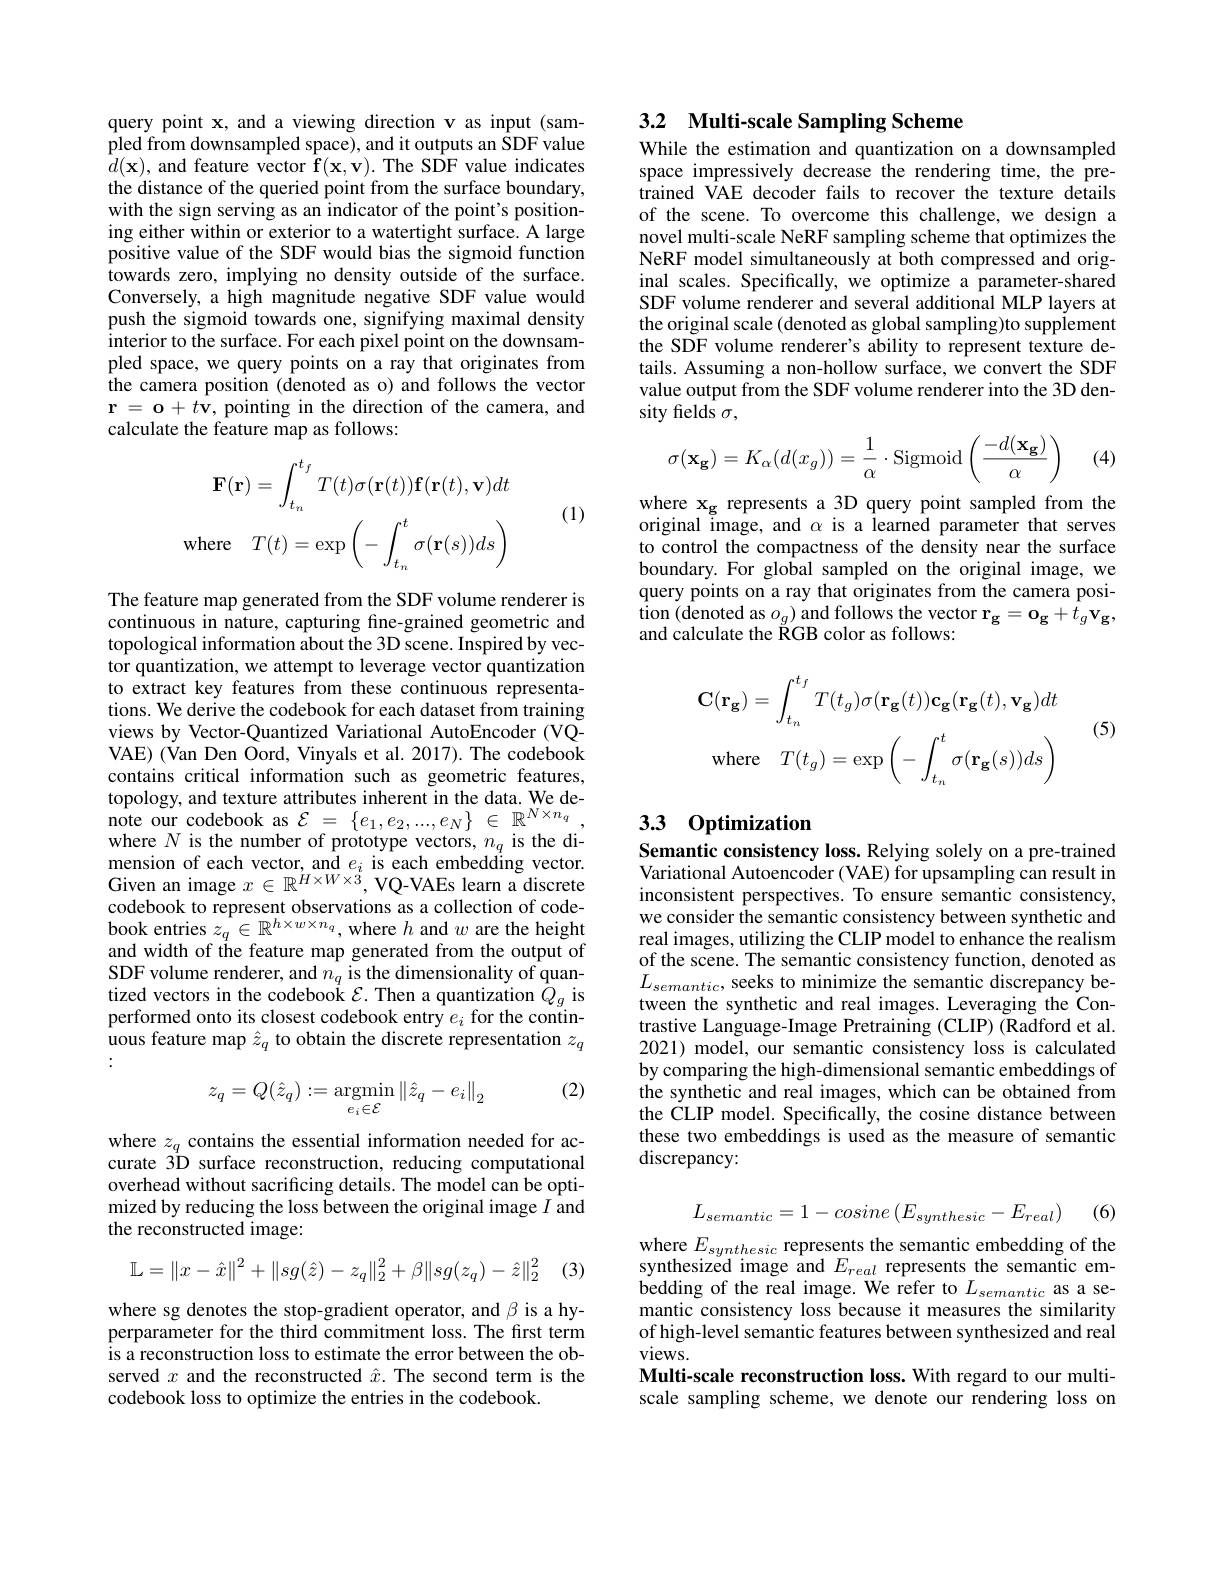
query point x, and a viewing direction v as input (sampled from downsampled space), and it outputs an SDF value $\hat{d}(\mathbf{x})$,and feature vector $\hat{\mathbf{f}}(\mathbf{x},\mathbf{v}).$ The SDF value indicates the distance of the queried point from the surface boundary, with the sign serving as an indicator of the point's positioning either within or exterior to a watertight surface. A large positive value of the SDF would bias the sigmoid function towards zero, implying no density outside of the surface. Conversely, a high magnitude negative SDF value would push the sigmoid towards one, signifying maximal density interior to the surface. For each pixel point on the downsampled space, we query points on a ray that originates from the camera position (denoted as o) and follows the vector $\mathbf{r}=\mathbf{o}+t\mathbf{v}$, pointing in the direction of the camera, and calculate the feature map as follows:
$$\mathbf{F}(\mathbf{r})=\int_{t_{n}}^{t_{f}}T(t)\sigma(\mathbf{r}(t))\mathbf{f}(\mathbf{r}(t),\mathbf{v})dt\\\mathrm{where}\quad T(t)=\exp\left(-\int_{t_{n}}^{t}\sigma(\mathbf{r}(s))ds\right)$$
(1)

The feature map generated from the SDF volume renderer is continuous in nature, capturing fine-grained geometric and topological information about the 3D scene. Inspired by vector quantization, we attempt to leverage vector quantization to extract key features from these continuous representations. We derive the codebook for each dataset from training views by Vector-Quantized Variational AutoEncoder (VQVAE) (Van Den Oord, Vinyals et al. 2017). The codebook contains critical information such as geometric features, topology, and texture attributes inherent in the data. We denote our codebook as $\mathcal{E}=\{e_1,e_2,...,e_N\}~\in\mathbb{R}^{N\times n_q}$ where $N$ is the number of prototype vectors, $n_q$ is the dimension of each vector, and $e_i$ is each embedding vector. Given an image $x\in\mathbb{R}^{\acute{H}\times W\times\ddot{3}}$, VQ-VAEs learn a discrete codebook to represent observations as a collection of codebook entries $z_q\in\mathbb{R}^{h\times w\times n_q}$, where $h$ and $w$ are the height and width of the feature map generated from the output of SDF volume renderer, and $n_q$ is the dimensionality of quantized vectors in the codebook $\mathcal{E}.$ Then a quantization $Q_g$ is performed onto its closest codebook entry $e_i$ for the continuous feature map $\hat{z}_q$ to obtain the discrete representation $z_q$ :

(2)
$$z_{q}=Q(\hat{z}_{q}):=\underset{e_{i}\in\mathcal{E}}{\operatorname*{argmin}}\left\|\hat{z}_{q}-e_{i}\right\|_{2}$$
where $z_q$ contains the essential information needed for accurate 3D surface reconstruction, reducing computational overhead without sacrificing details. The model can be optimized by reducing the loss between the original image $I$ and the reconstructed image:
$$\mathbb{L}=\|x-\hat{x}\|^2+\|sg(\hat{z})-z_q\|_2^2+\beta\|sg(z_q)-\hat{z}\|_2^2$$
(3)

where sg denotes the stop-gradient operator, and $\beta$ is a hyperparameter for the third commitment loss. The first term is a reconstruction loss to estimate the error between the observed $x$ and the reconstructed $\hat{x}.$ The second term is the codebook loss to optimize the entries in the codebook.

# 3.2 Multi-scale Sampling Scheme

While the estimation and quantization on a downsampled space impressively decrease the rendering time, the pretrained VAE decoder fails to recover the texture details of the scene. To overcome this challenge, we design a novel multi-scale NeRF sampling scheme that optimizes the NeRF model simultaneously at both compressed and original scales. Specifically, we optimize a parameter-shared SDF volume renderer and several additional MLP layers at the original scale (denoted as global sampling)to supplement the SDF volume renderer's ability to represent texture details. Assuming a non-hollow surface, we convert the SDF value output from the SDF volume renderer into the 3D density fields $\sigma$,
$$\sigma(\mathbf{x_g})=K_\alpha(d(x_g))=\dfrac{1}{\alpha}\cdot\text{Sigmoid}\left(\dfrac{-d(\mathbf{x_g})}{\alpha}\right)$$
(4)

where $\mathbf{x_g}$ represents a 3D query point sampled from the original image, and $\alpha$ is a learned parameter that serves to control the compactness of the density near the surface boundary. For global sampled on the original image, we query points on a ray that originates from the camera position (denoted as $o_g)$ and follows the vector r$_\mathbf{g}=\mathbf{o}_\mathbf{g}+\hat{t}_{g}\mathbf{v}_\mathbf{g}$, and calculate the RGB color as follows:
$$\mathbf{C}(\mathbf{r_{g}})=\int_{t_{n}}^{t_{f}}T(t_{g})\sigma(\mathbf{r_{g}}(t))\mathbf{c_{g}}(\mathbf{r_{g}}(t),\mathbf{v_{g}})dt\\\mathrm{where}\quad T(t_{g})=\exp\left(-\int_{t_{n}}^{t}\sigma(\mathbf{r_{g}}(s))ds\right)$$
(5)

# 3.3 0ptimization

Semantic consistency loss. Relying solely on a pre-trained Variational Autoencoder (VAE) for upsampling can result in inconsistent perspectives. To ensure semantic consistency, we consider the semantic consistency between synthetic and real images, utilizing the CLIP model to enhance the realism of the scene. The semantic consistency function, denoted as $L_{semantic}$, seeks to minimize the semantic discrepancy between the synthetic and real images. Leveraging the Contrastive Language-Image Pretraining (CLIP) (Radford et al. 2021) model, our semantic consistency loss is calculated by comparing the high-dimensional semantic embeddings of the synthetic and real images, which can be obtained from the CLIP model. Specifically, the cosine distance between these two embeddings is used as the measure of semantic discrepancy:
$$L_{semantic}=1-cosine\left(E_{synthesic}-E_{real}\right)$$
(6)

where $E_synthesic$ represents the semantic embedding of the synthesized image and $E_{real}$ represents the semantic embedding of the real image. We refer to $L_{semantic}$ as a semantic consistency loss because it measures the similarity of high-level semantic features between synthesized and real views.
Multi-scale reconstruction loss. With regard to our multiscale sampling scheme, we denote our rendering loss on